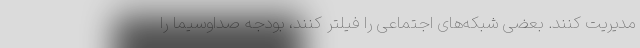
مدیریت کنند. بعضی شبکه‌های اجتماعی را فیلتر کنند، بودجه صداوسیما را